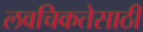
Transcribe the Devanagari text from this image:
लवचिकतेसाठी